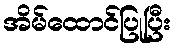
အိမ်ထောင်ပြုပြီး